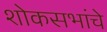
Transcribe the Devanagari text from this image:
शोकसभांचे